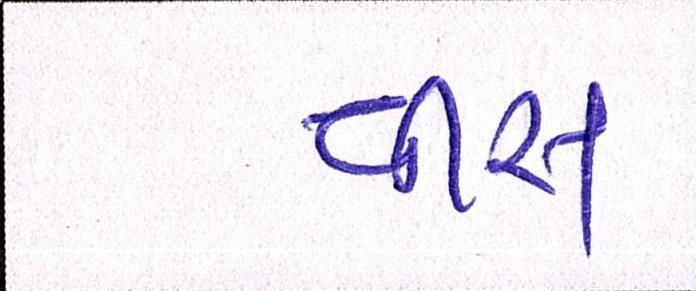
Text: વીસ